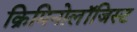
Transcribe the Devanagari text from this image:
क्रिमिनोलॉजिस्ट